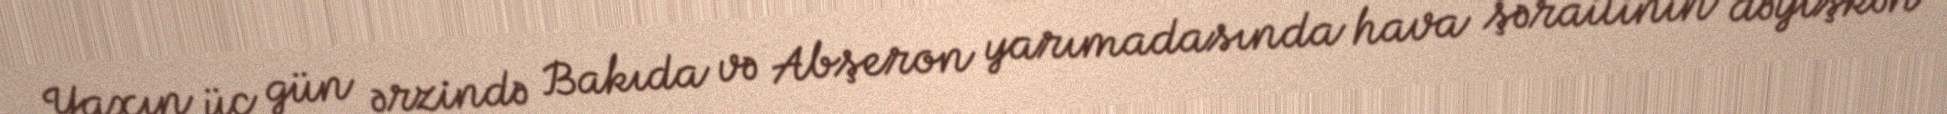
Yaxın üç gün ərzində Bakıda və Abşeron yarımadasında hava şəraitinin dəyişkən